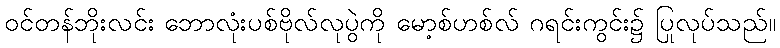
ဝင်တန်ဘိုးလင်း ဘောလုံးပစ်ဗိုလ်လုပွဲကို မော့စ်ဟစ်လ် ဂရင်းကွင်း၌ ပြုလုပ်သည်။